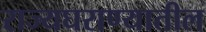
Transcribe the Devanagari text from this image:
राज्यघराण्यातील